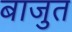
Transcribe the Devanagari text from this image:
बाजुत